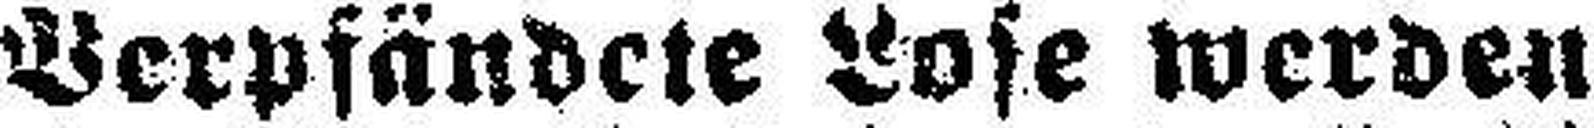
Verpfändete Lose werden